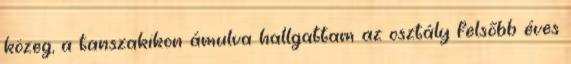
közeg, a tanszakikon ámulva hallgattam az osztály felsőbb éves